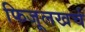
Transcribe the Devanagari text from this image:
फिजूलखर्च